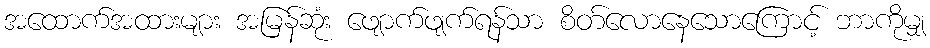
အထောက်အထားများ အမြန်ဆုံး ဖျောက်ဖျက်ရန်သာ စိတ်လောနေသောကြောင့် ဘာကိုမျှ